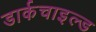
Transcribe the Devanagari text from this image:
डार्कचाइल्ड